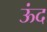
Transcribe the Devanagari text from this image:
ऊंद